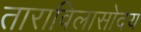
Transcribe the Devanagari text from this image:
ताराविलासोदय